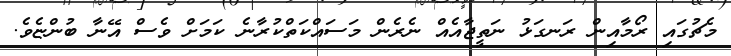
މެޗުގައި ރޯމާއިން ރަނގަޅު ނަތީޖާއެއް ނެރެން މަސައްކަތްކުރާނެ ކަމަށް ވެސް އޭނާ ބުންޏެވެ.